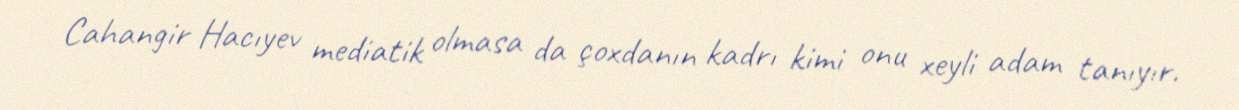
Cahangir Hacıyev mediatik olmasa da çoxdanın kadrı kimi onu xeyli adam tanıyır.